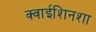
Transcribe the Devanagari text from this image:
क्वाईशिनशा